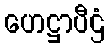
ဟေဋ္ဌာပီဌံ